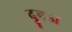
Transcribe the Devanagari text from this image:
दुबडा